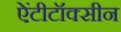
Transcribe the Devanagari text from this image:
ऐंटीटॉक्सीन